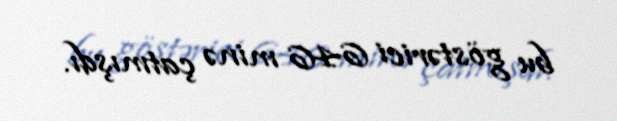
bu göstərici 646 minə çatmışdı.